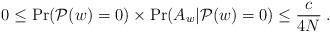
LaTeX: \begin{align*} 0 \leq \Pr({\cal P}(w)=0) \times\Pr(A_w | {\cal P}(w)=0)\leq \frac{c}{4N} \:.\end{align*}